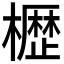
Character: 𭬒